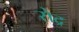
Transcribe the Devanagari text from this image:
रोद्र